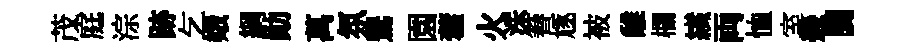
茂庭淙跡乞娥綱勛萬氛鸎園藿火洙簮豗被𩀌欄纎両恤室㡬闤